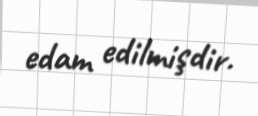
edam edilmişdir.